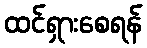
ထင်ရှားစေရန်